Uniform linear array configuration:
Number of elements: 12
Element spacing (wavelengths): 1
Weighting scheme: kaiser
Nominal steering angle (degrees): -30
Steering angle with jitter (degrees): -31.075
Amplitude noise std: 0.05
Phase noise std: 0.05

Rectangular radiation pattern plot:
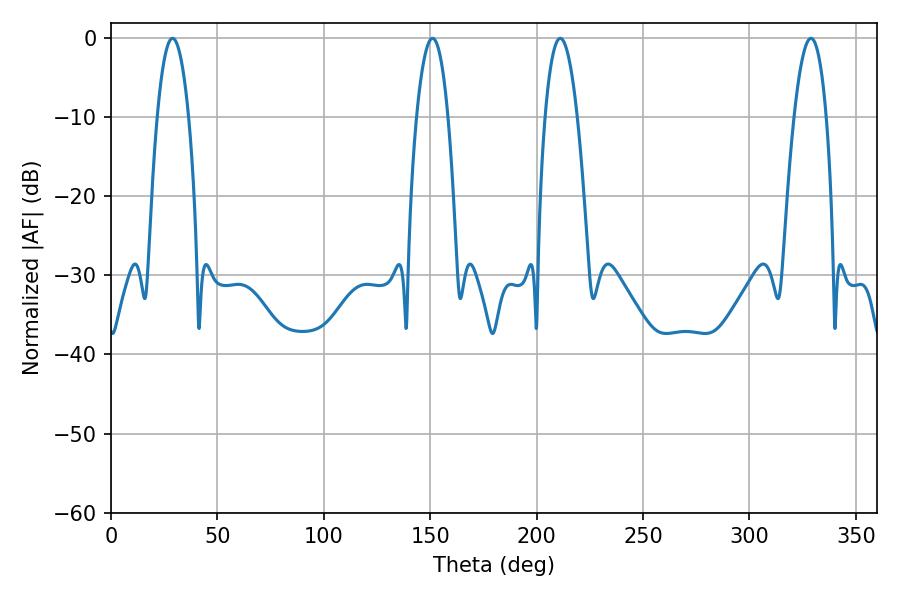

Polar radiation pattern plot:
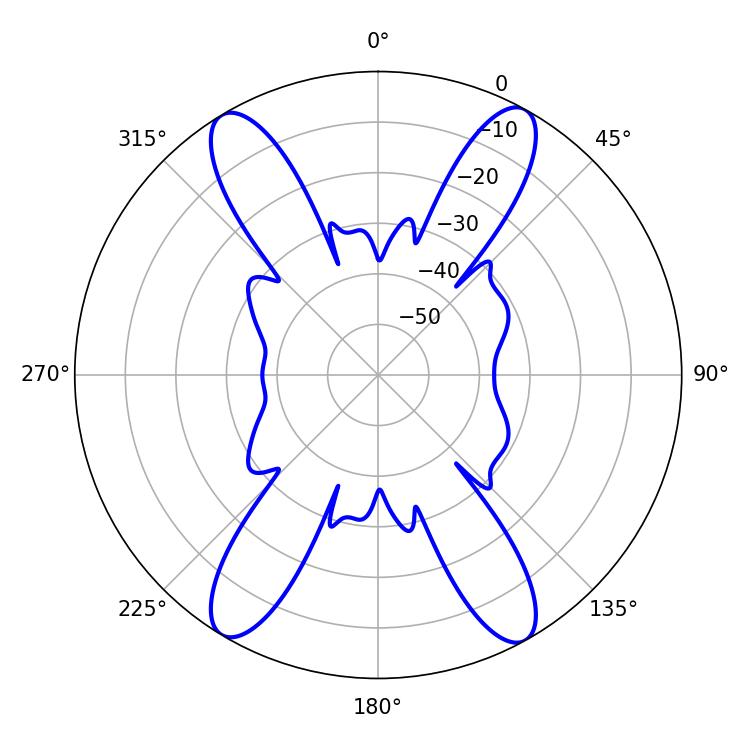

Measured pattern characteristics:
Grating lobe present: TRUE
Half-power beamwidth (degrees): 8.46
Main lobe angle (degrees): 211.14